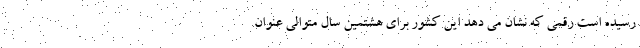
رسیده است رقمی که نشان می دهد این کشور برای هشتمین سال متوالی عنوان